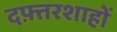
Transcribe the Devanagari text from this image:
दफ़्तरशाहों